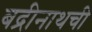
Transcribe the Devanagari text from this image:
बद्रीनाथची